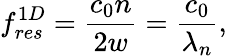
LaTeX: f_{res}^{1D}=\frac{c_{0}n}{2w}=\frac{c_{0}}{\lambda_{n}},